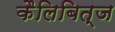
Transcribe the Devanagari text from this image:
कैलिबित्ज